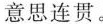
意思连贯.